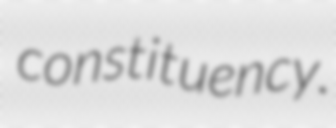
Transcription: constituency.